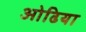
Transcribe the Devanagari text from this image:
ओढिया